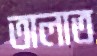
তালাত